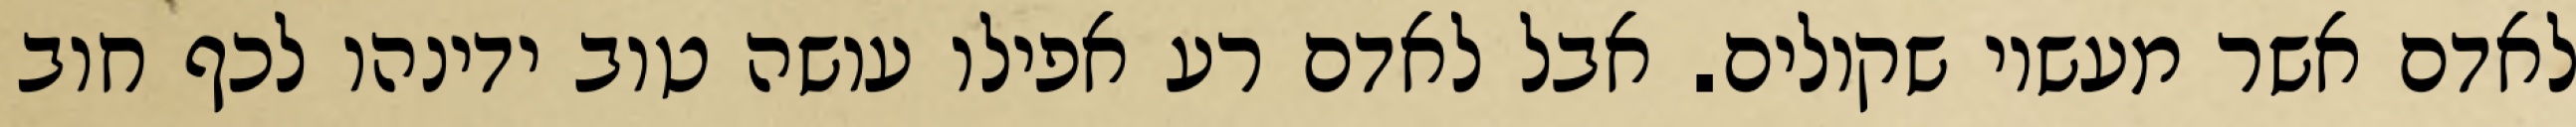
לאדם אשר מעשיו שקולים. אבל לאדם רע אפילו עושה טוב ידינהו לכף חוב